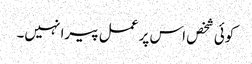
کوئی شخص اس پر عمل پیرا نہیں۔